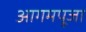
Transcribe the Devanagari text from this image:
आगमपूजा